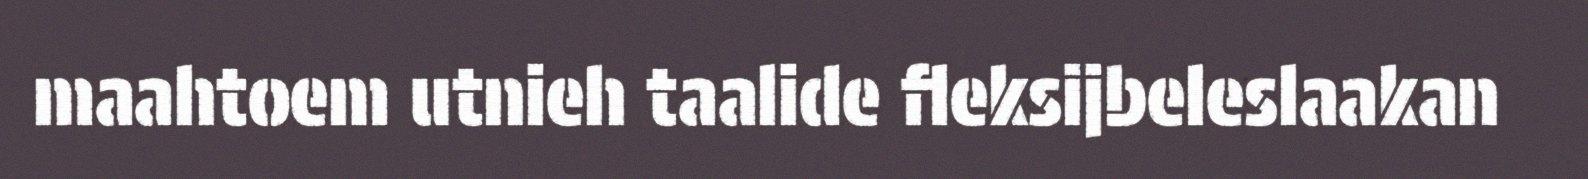
maahtoem utnieh taalide fleksijbeleslaakan